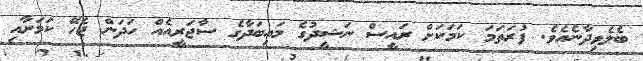
ބެލެވިދާނެއެވެ. ފުރަތަމަ ކަމަކަށް ރައީސް ނަޝީދުގެ މައިބަދާގެ ސާޖަރީއެއް ހަދަން ޖެހޭ ކަމަށާއި